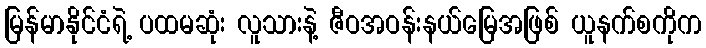
မြန်မာနိုင်ငံရဲ့ ပထမဆုံး လူသားနဲ့ ဇီဝအဝန်းနယ်မြေအဖြစ် ယူနက်စကိုက